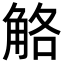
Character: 觡